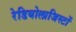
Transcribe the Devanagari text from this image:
रेडियोलाजिस्टों